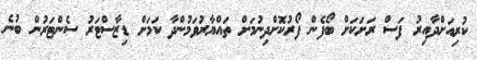
ކުރިއަށްދާއިރު ފަސް ރަށަކަށް ބޯފެން ފޯރުކޮށްދިނުމަށް ތައްޔާރުވަމުންދާ ކަމަށް ޑިޒާސްޓަރު ސެންޓަރުން ބުނެ